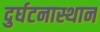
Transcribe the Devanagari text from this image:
दुर्घटनास्थान